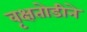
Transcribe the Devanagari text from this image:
वृक्षतोडीने